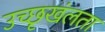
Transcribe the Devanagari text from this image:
उच्छृखंलता